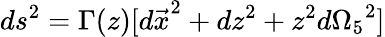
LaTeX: ds^{2}=\Gamma(z)[{d\vec{x}}^{2}+dz^{2}+z^{2}{d\Omega_{5}}^{2}]